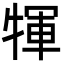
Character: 㹆